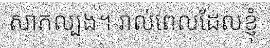
សាកល្បង។ រាល់ពេលដែលខ្ញុំ